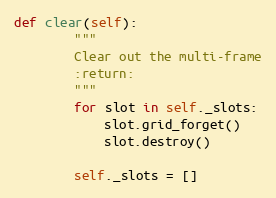
Language: Python
def clear(self):
        """
        Clear out the multi-frame
        :return:
        """
        for slot in self._slots:
            slot.grid_forget()
            slot.destroy()

        self._slots = []